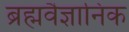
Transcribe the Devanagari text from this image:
ब्रह्मवैज्ञानिक